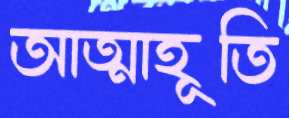
আত্মাহূতি